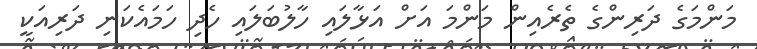
މަންމަގެ ދަރިންގެ ތެރެއިން މަންމަ އަށް އަޅާލައި ހާލުބަލައި ހެދި ހަމައެކަނި ދަރިއަކީ